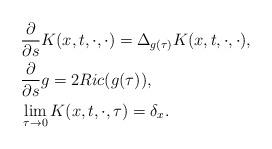
LaTeX: \begin{align*} & \frac{\partial}{\partial s}K(x,t,\cdot,\cdot)=\Delta_{g(\tau)}K(x,t,\cdot,\cdot),\\ & \frac{\partial}{\partial s}g=2Ric(g(\tau)),\\ & \lim_{\tau \to 0}K(x,t,\cdot,\tau)=\delta_x.\end{align*}